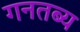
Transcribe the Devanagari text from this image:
गनतब्य